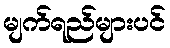
မျက်ရည်များပင်